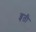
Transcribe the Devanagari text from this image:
ब्गती